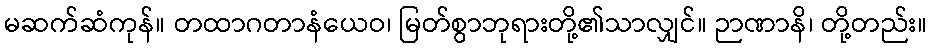
မဆက်ဆံကုန်။ တထာဂတာနံယေဝ၊ မြတ်စွာဘုရားတို့၏သာလျှင်။ ဉာဏာနိ၊ တို့တည်း။